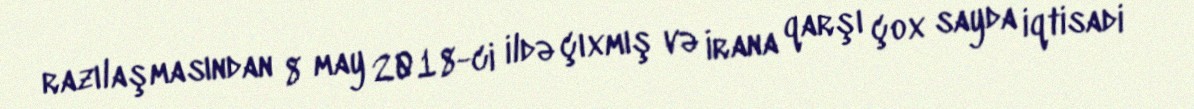
razılaşmasından 8 may 2018-ci ildə çıxmış və İrana qarşı çox sayda iqtisadi